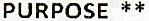
PURPOSE **